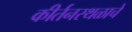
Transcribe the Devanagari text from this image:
कीर्तनस्थळाचे